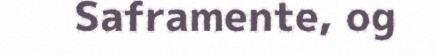
Saframente, og